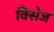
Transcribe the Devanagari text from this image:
विसेज